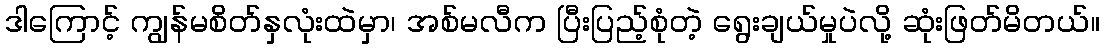
ဒါကြောင့် ကျွန်မစိတ်နှလုံးထဲမှာ၊ အစ်မလီက ပြီးပြည့်စုံတဲ့ ရွေးချယ်မှုပဲလို့ ဆုံးဖြတ်မိတယ်။